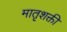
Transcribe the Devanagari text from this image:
मातृशक्ती